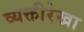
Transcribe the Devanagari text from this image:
व्यक्तीरेखा